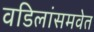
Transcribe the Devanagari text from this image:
वडिलांसमवेत